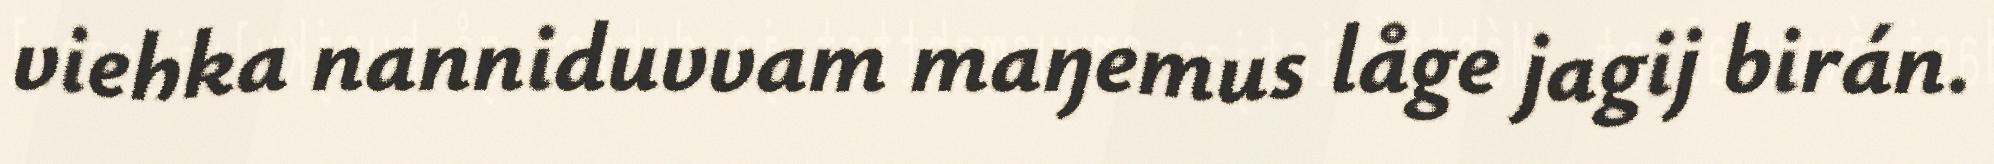
viehka nanniduvvam maŋemus låge jagij birán.